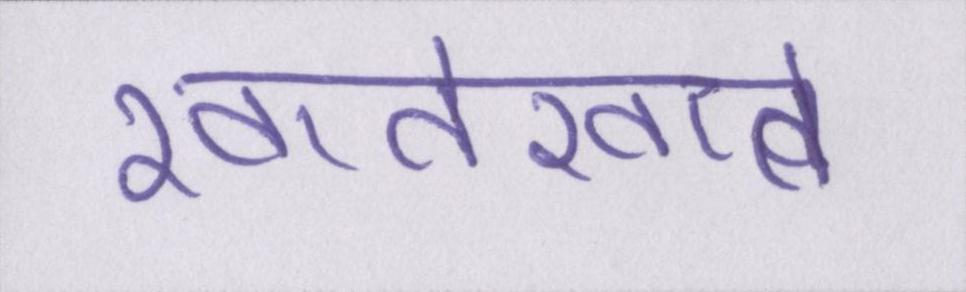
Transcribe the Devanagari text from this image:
खातेखाते